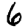
Digit: 6